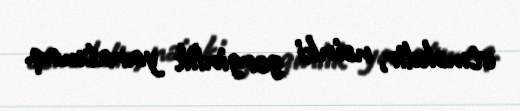
etməkdir, nəinki gərginlik yaratmaq.